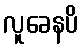
လူခေနပိ